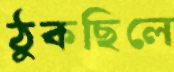
ঠুকছিলে